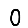
Digit: 0